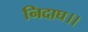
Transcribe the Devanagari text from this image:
निदाघ।।